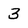
Character: 3